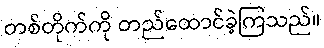
တစ်တိုက်ကို တည်ထောင်ခဲ့ကြသည်။